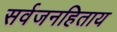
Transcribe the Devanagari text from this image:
सर्वजनहिताय